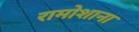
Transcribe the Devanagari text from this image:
रामोशाना